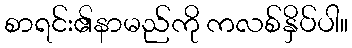
စာရင်း၏နာမည်ကို ကလစ်နှိပ်ပါ။